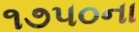
૧૭૫૦ના